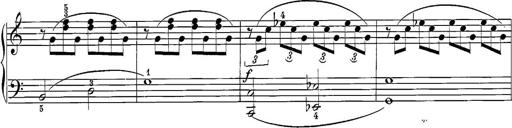
Title: 12 Sonatine per Pianoforte
Composer: Friedrich Kuhlau